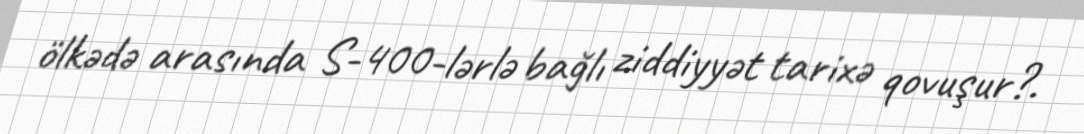
ölkədə arasında S-400-lərlə bağlı ziddiyyət tarixə qovuşur?.